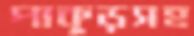
পাকুড়সহ